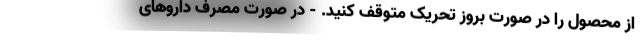
از محصول را در صورت بروز تحریک متوقف کنید. - در صورت مصرف داروهای